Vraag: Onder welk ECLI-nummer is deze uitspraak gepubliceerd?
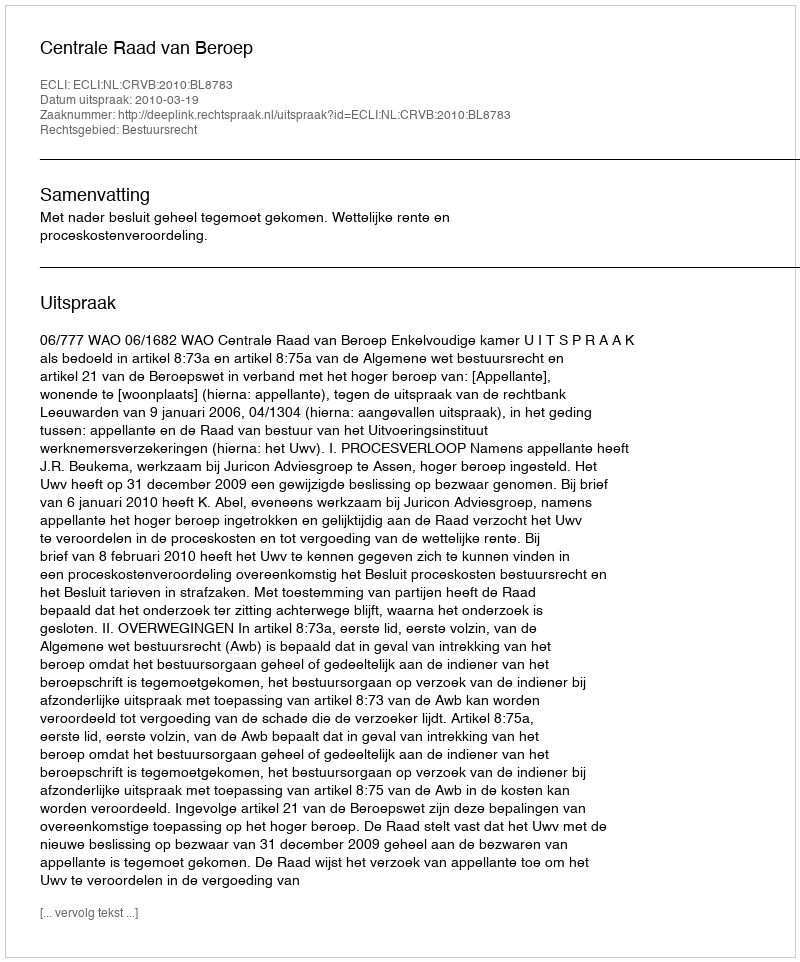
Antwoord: ECLI:NL:CRVB:2010:BL8783